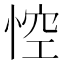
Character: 悾